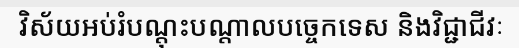
វិស័យអប់រំបណ្តុះបណ្តាលបច្ចេកទេស និងវិជ្ជាជីវៈ